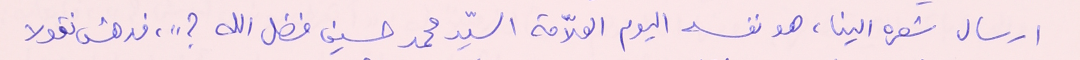
ارسال شعره الينا، هو نفسه اليوم العلاّمة السيّد محمد حسين فضل الله ؟"، فدهش نقولا